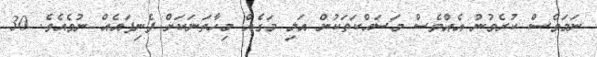
ނަމަވެސް ކުރެވުނު އެއްވެސް މަސައްކަތަކުން އަލި މަގެއް މިހާތަނަކަށް ފެނިފައެއް ނުވެއެވެ. 30